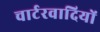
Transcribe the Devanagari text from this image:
चार्टरवादियों